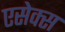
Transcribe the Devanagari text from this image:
एसेक्‍स